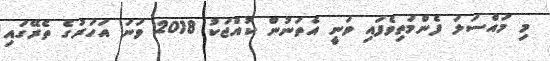
މި މައްސަލަ ފެންމަތިވެފައިި ވަނީ އެތަނުން ކުއްޖަކު 2018 ވަނަ އަހަރުގެ ތެރޭގައި